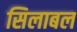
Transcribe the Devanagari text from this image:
सिलाबल